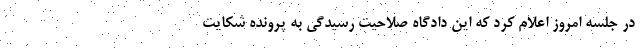
در جلسه‌ امروز اعلام کرد که این دادگاه صلاحیت رسیدگی به پرونده شکایت